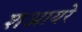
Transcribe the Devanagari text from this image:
शआयरे